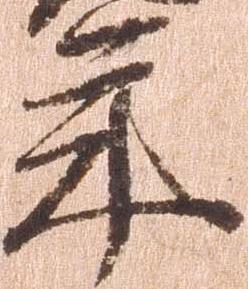
年